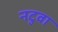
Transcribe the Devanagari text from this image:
नटुवा